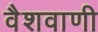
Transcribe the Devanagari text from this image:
वैशवाणी